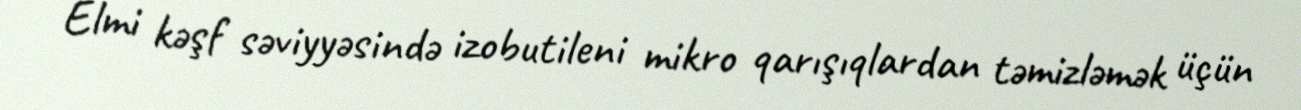
Elmi kəşf səviyyəsində izobutileni mikro qarışıqlardan təmizləmək üçün